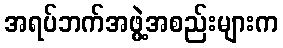
အရပ်ဘက်အဖွဲ့အစည်းများက